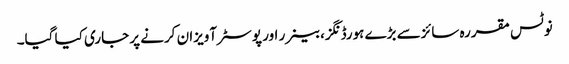
نوٹس مقررہ سائزسے بڑے ہورڈنگز،بینرر اور پوسٹر آویزان کرنے پر جاری کیا گیا۔